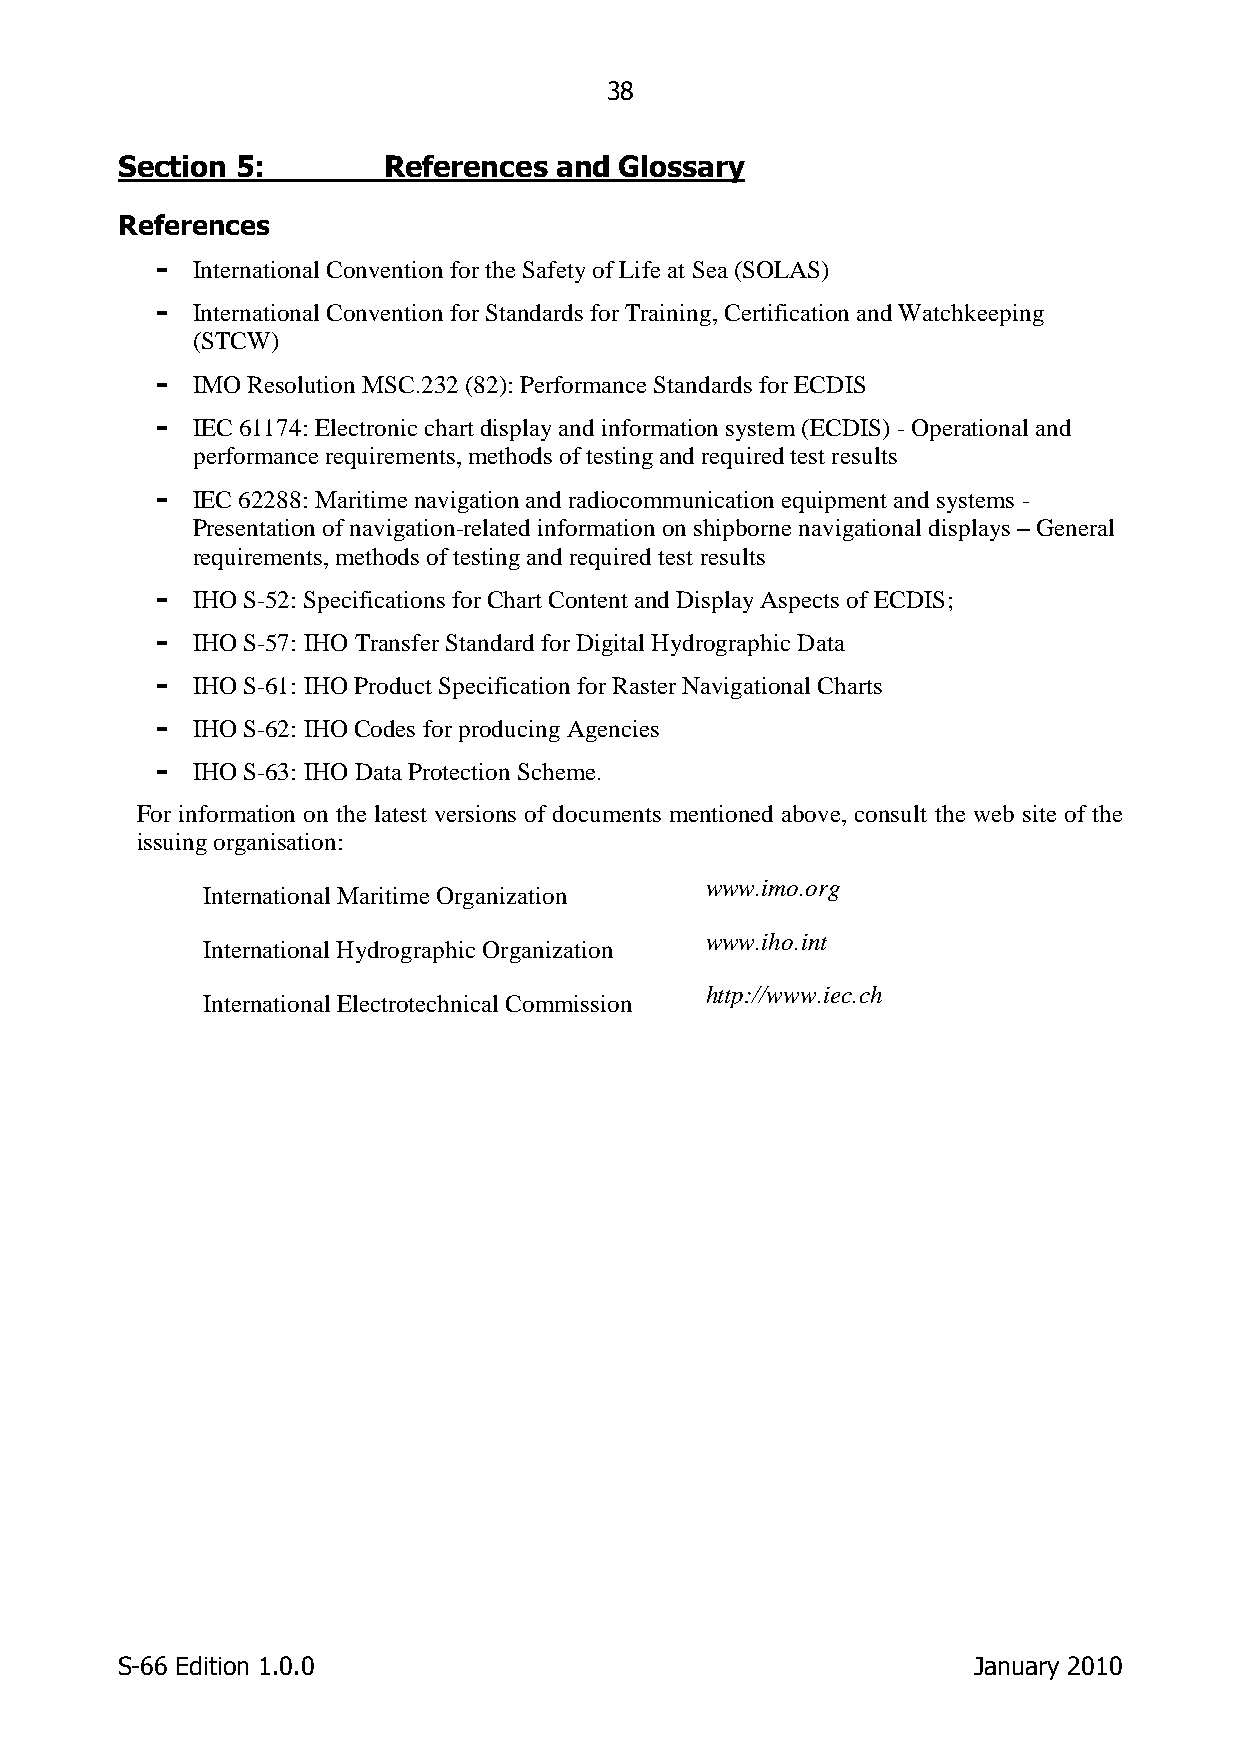
38
 Section 5:       References  and Glossary
 References
 -  International Convention for the Safety of Life at Sea (SOLAS)
 -  International Convention for Standards for Training, Certification and Watchkeeping
 (STCW)
 -  IMO Resolution MSC.232 (82): Performance Standards for ECDIS
 -  IEC 61174: Electronic chart display and information system (ECDIS) - Operational and
 performance requirements, methods of testing and required test results
 -  IEC 62288: Maritime navigation and radiocommunication equipment and systems -
 Presentation of navigation-related information on shipborne navigational displays – General
 requirements, methods of testing and required test results
 -  IHO S-52: Specifications for Chart Content and Display Aspects of ECDIS;
 -  IHO S-57: IHO Transfer Standard for Digital Hydrographic Data
 -  IHO S-61: IHO Product Specification for Raster Navigational Charts
 -  IHO S-62: IHO Codes for producing Agencies
 -  IHO S-63: IHO Data Protection Scheme.
 For information on the latest versions of documents mentioned above, consult the web site of the
 issuing organisation:
 www.imo.org
 International Maritime Organization
 www.iho.int
 International Hydrographic Organization
 http://www.iec.ch
 International Electrotechnical Commission
 S-66 Edition 1.0.0                                      January 2010